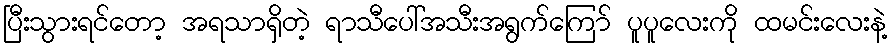
ပြီးသွားရင်တော့ အရသာရှိတဲ့ ရာသီပေါ်အသီးအရွက်ကြော် ပူပူလေးကို ထမင်းလေးနဲ့